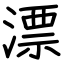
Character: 漂